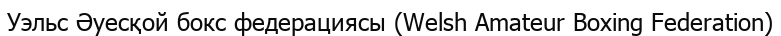
Уэльс Әуесқой бокс федерациясы (Welsh Amateur Boxing Federation)